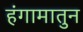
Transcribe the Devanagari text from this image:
हंगामातुन